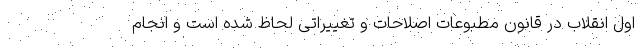
اول انقلاب در قانون مطبوعات اصلاحات و تغییراتی لحاظ شده است و انجام